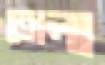
তোলা